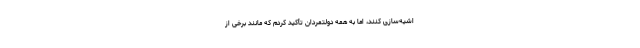
اشیه‌سازی کنند، اما به همه دولتمردان تأکید کردم که مانند برخی از